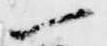
一